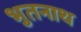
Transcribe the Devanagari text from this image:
भुतनाथ